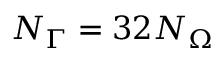
N _ { \Gamma } = 3 2 N _ { \Omega }